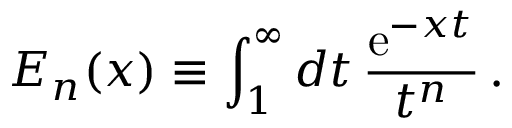
E _ { n } ( x ) \equiv \int _ { 1 } ^ { \infty } d t \, { \frac { \mathrm { e } ^ { - x t } } { t ^ { n } } } \, .